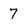
Character: 7